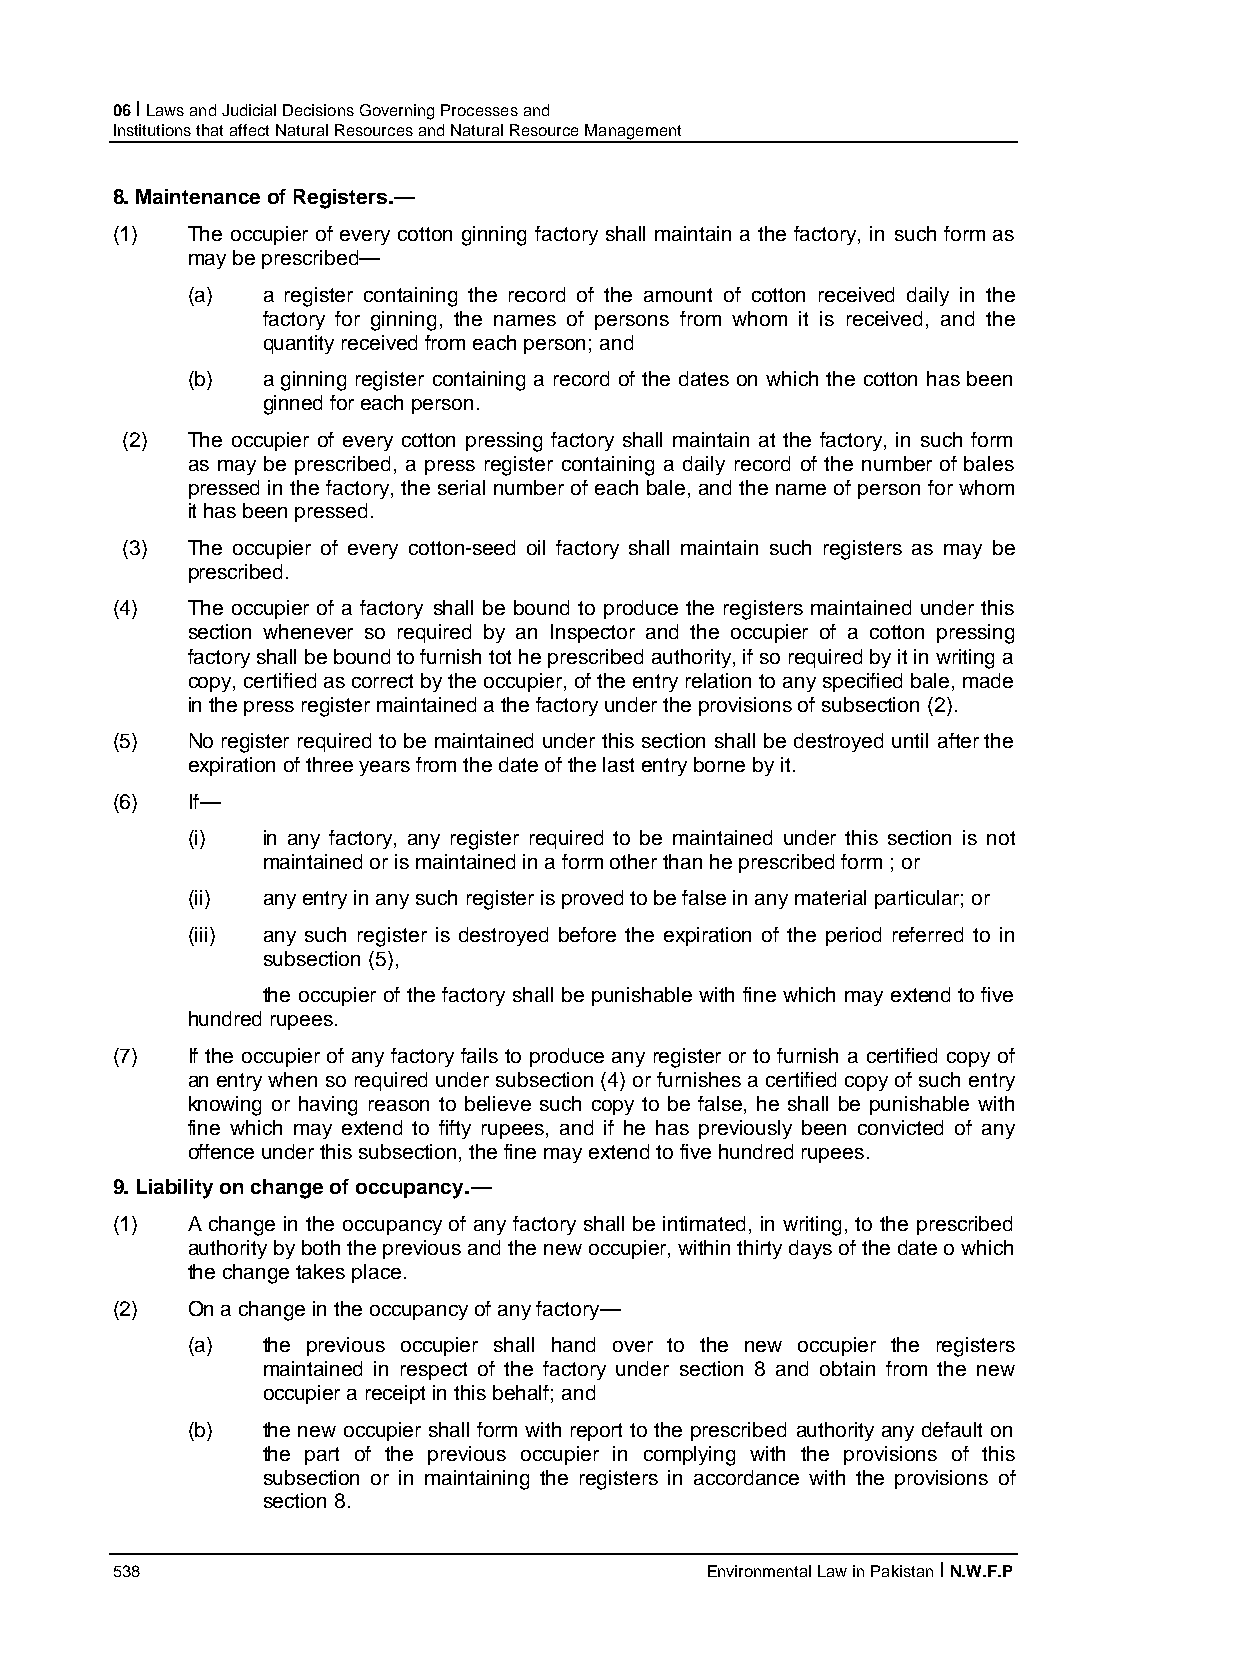
06 I Laws and Judicial Decisions Governing Processes and
 Institutions that affect Natural Resources and Natural Resource Management
 8. Maintenance of Registers.—
 (1)  The occupier of every cotton ginning factory shall maintain a the factory, in such form as
 may be prescribed—
 (a)  a register containing the record of the amount of cotton received daily in the
 factory for ginning, the names of persons from whom it is received, and the
 quantity received from each person; and
 (b)  a ginning register containing a record of the dates on which the cotton has been
 ginned for each person.
 (2) The occupier of every cotton pressing factory shall maintain at the factory, in such form
 as may be prescribed, a press register containing a daily record of the number of bales
 pressed in the factory, the serial number of each bale, and the name of person for whom
 it has been pressed.
 (3) The occupier of every cotton-seed oil factory shall maintain such registers as may be
 prescribed.
 (4)  The occupier of a factory shall be bound to produce the registers maintained under this
 section whenever so required by an Inspector and the occupier of a cotton pressing
 factory shall be bound to furnish tot he prescribed authority, if so required by it in writing a
 copy, certified as correct by the occupier, of the entry relation to any specified bale, made
 in the press register maintained a the factory under the provisions of subsection (2).
 (5)  No register required to be maintained under this section shall be destroyed until after the
 expiration of three years from the date of the last entry borne by it.
 (6)  If—
 (i)  in any factory, any register required to be maintained under this section is not
 maintained or is maintained in a form other than he prescribed form ; or
 (ii) any entry in any such register is proved to be false in any material particular; or
 (iii) any such register is destroyed before the expiration of the period referred to in
 subsection (5),
 the occupier of the factory shall be punishable with fine which may extend to five
 hundred rupees.
 (7)  If the occupier of any factory fails to produce any register or to furnish a certified copy of
 an entry when so required under subsection (4) or furnishes a certified copy of such entry
 knowing or having reason to believe such copy to be false, he shall be punishable with
 fine which may extend to fifty rupees, and if he has previously been convicted of any
 offence under this subsection, the fine may extend to five hundred rupees.
 9. Liability on change of occupancy.—
 (1)  A change in the occupancy of any factory shall be intimated, in writing, to the prescribed
 authority by both the previous and the new occupier, within thirty days of the date o which
 the change takes place.
 (2)  On a change in the occupancy of any factory—
 (a)  the previous occupier shall hand over to the new occupier the registers
 maintained in respect of the factory under section 8 and obtain from the new
 occupier a receipt in this behalf; and
 (b)  the new occupier shall form with report to the prescribed authority any default on
 the part of the previous occupier in complying with the provisions of this
 subsection or in maintaining the registers in accordance with the provisions of
 section 8.
 538                                     Environmental Law in Pakistan I N.W.F.P